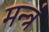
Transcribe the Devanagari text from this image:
मन्‍त्रं